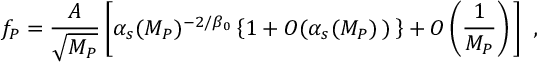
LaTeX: f _ { P } = \frac { A } { \sqrt { M _ { P } } } \left[ \alpha _ { s } ( M _ { P } ) ^ { - 2 / \beta _ { 0 } } \left\{ 1 + O ( \alpha _ { s } ( M _ { P } ) \, ) \, \right\} + O \left( \frac { 1 } { M _ { P } } \right) \, \right] \ ,